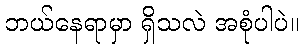
ဘယ်နေရာမှာ ရှိသလဲ အစုံပါပဲ။